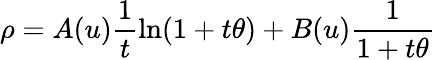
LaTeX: \rho=A(u)\frac{1}{t}\ln(1+t\theta)+B(u)\frac{1}{1+t\theta}